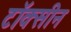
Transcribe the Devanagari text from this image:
टॉक्सीन